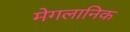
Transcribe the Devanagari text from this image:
मेगलानिक